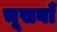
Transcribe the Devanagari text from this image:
चूसबाँ